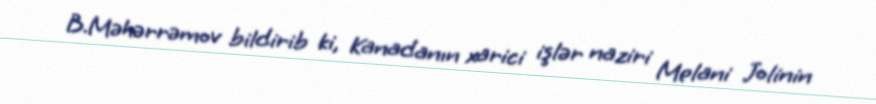
B.Məhərrəmov bildirib ki, Kanadanın xarici işlər naziri Melani Jolinin